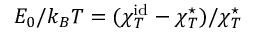
E _ { 0 } / k _ { B } T = ( \chi _ { T } ^ { \mathrm { i d } } - \chi _ { T } ^ { \star } ) / \chi _ { T } ^ { \star }